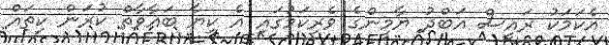
އެކަމަކު ރައީސް އަބްދު ޔާމީންގެ ވެރިކަމުގައި އެ ކިޔާ ބަޣާވާތް ކުރަން ކިތައް